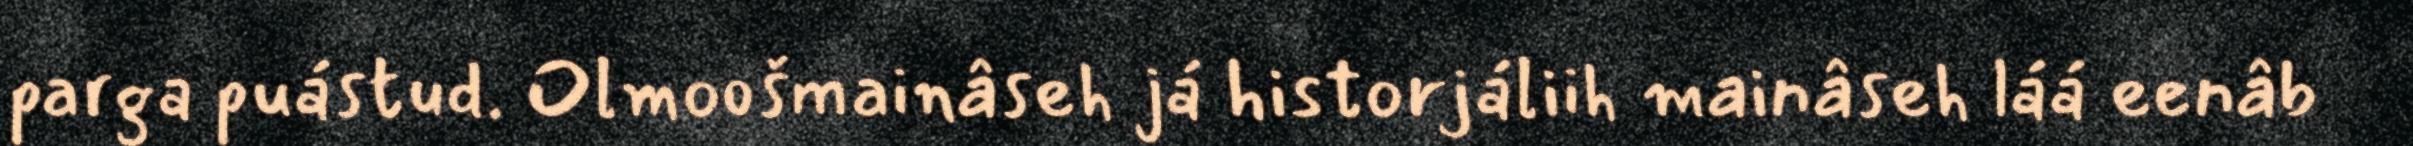
parga puástud. Olmoošmainâseh já historjáliih mainâseh láá eenâb